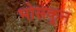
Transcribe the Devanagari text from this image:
भोसकून